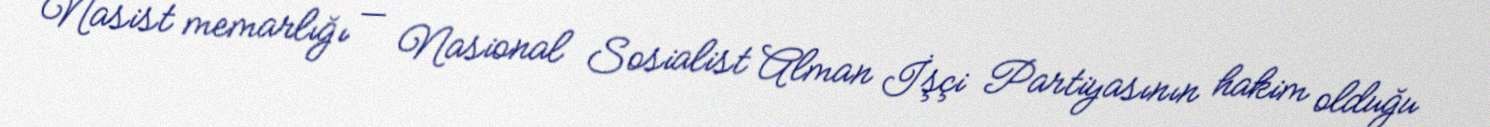
Nasist memarlığı — Nasional Sosialist Alman İşçi Partiyasının hakim olduğu